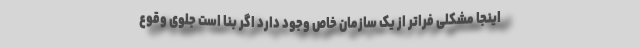
اینجا مشکلی فراتر از یک سازمان خاص وجود دارد اگر ‌بنا است جلوی وقوع